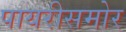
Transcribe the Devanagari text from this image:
पायरीसमोर